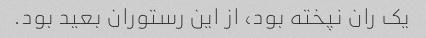
یک ران نپخته بود، از این رستوران بعید بود.